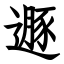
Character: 遯